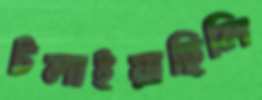
টলাইয়াছিলি